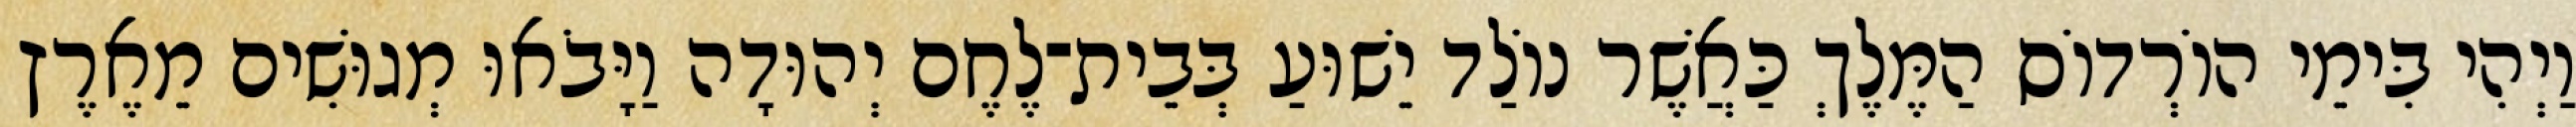
וַיְהִי בִּימֵי הוֹרְדוֹס הַמֶּלֶךְ כַּאֲשֶׁר נוֹלַד יֵשׁוּעַ בְּבֵית־לֶחֶם יְהוּדָה וַיָּבֹאוּ מְגוּשִׁים מֵאֶרֶץ